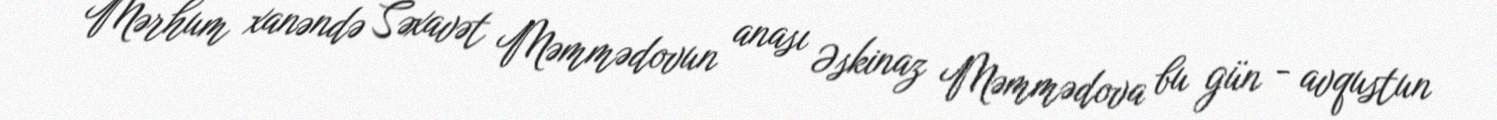
Mərhum xanəndə Səxavət Məmmədovun anası Əskinaz Məmmədova bu gün - avqustun